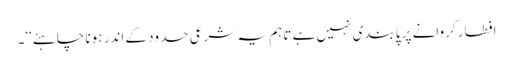
افطار کروانے پر پابندی نہیں ہے تاہم یہ شرعی حدود کے اندر ہونا چاہئے‘‘۔